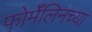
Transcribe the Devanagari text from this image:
फोर्मॅलिनच्या